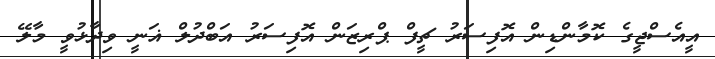
އީއެސްޖީގެ ކޮމާންޑިން އޮފިސަރު ޗީފް ޕްރިޒަން އޮފިސަރު އަބްދުލް ޣަނީ ވިދާޅުވީ މާލޭ